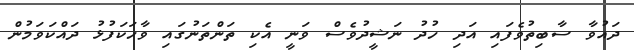
ދައުވާ ސާބިތުވެފައި އަދި ހުދު ނަޝީދުވެސް ވަނީ އެކި ތަންތަނުގައި ވާހަކަފުޅު ދައްކަވަމުން